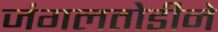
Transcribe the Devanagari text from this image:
जंगलतोडीने